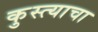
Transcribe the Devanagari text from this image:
कुस्त्याचा